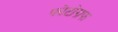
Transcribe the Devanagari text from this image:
फोटोग्रफ